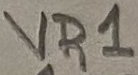
Text: VR1